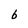
Character: b